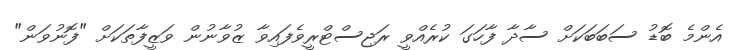
އެންމެ ބޮޑު ސަބަބަކަށް ސާދާ ފާހަގަ ކުރެއްވީ ރަޖިސްޓްރީވެފައިވާ ޒުވާނުން ވަޒީފާތަކަށް "ފޮނުވަން"